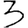
Digit: 3